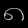
Digit: ၈